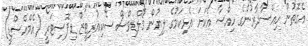
އެގޮތުން ހިއްސާދާރުންގެ ހިއްސާ އެކަށަ އެޅިކަމުގެ ލިޔުން މޯލްޑިވްސް ސެކިއުރިޓީޒް ޑިޕޮސިޓަރީ (އެމްއެސްޑީ)